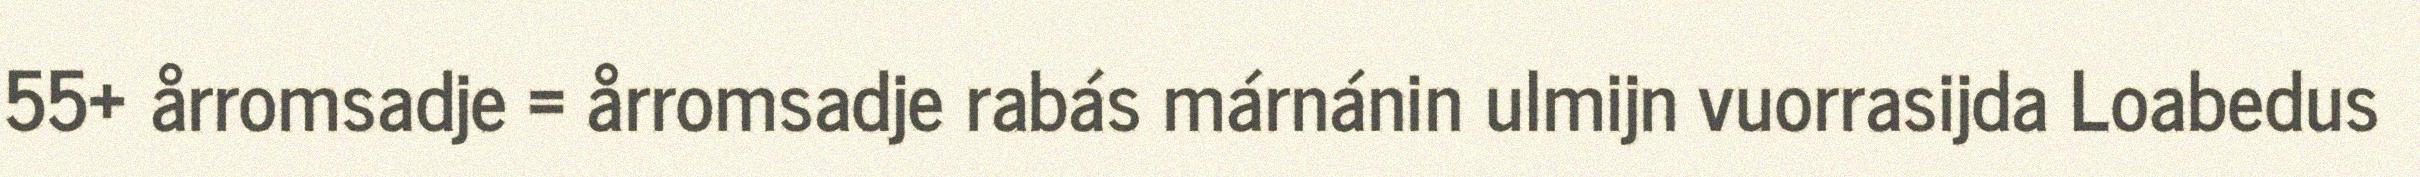
55+ årromsadje = årromsadje rabás márnánin ulmijn vuorrasijda Loabedus